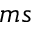
m s